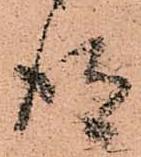
得